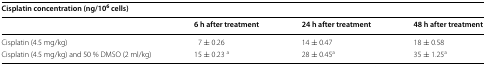
| <COLSPAN=4> Cisplatin concentration (ng/106 cells) |
 |  | 6 h after treatment | 24 h after treatment | 48 h after treatment |
 | --- | --- | --- | --- |
 | Cisplatin (4.5 mg/kg) | 7 ± 0.26 | 14 ± 0.47 | 18 ± 0.58 |
 | Cisplatin (4.5 mg/kg) and 50 % DMSO (2 ml/kg) | 15 ± 0.23 a | 28 ± 0.45a | 35 ± 1.25a |